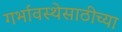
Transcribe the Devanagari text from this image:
गर्भावस्थेसाठीच्या